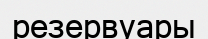
резервуары